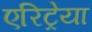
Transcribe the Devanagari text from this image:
एरिट्रेया